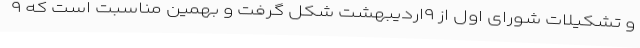
و تشکیلات شورای اول از ۹اردیبهشت شکل گرفت و بهمین مناسبت است که ۹